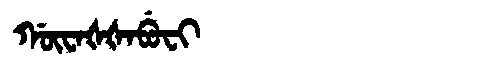
Manchu: ᡤᡡᠸᠠᡧᡧᠠᠪᡠᠸᡳ
Romanization: GŪWAŠŠABUFI